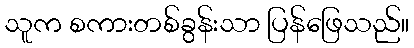
သူက စကားတစ်ခွန်းသာ ပြန်ဖြေသည်။